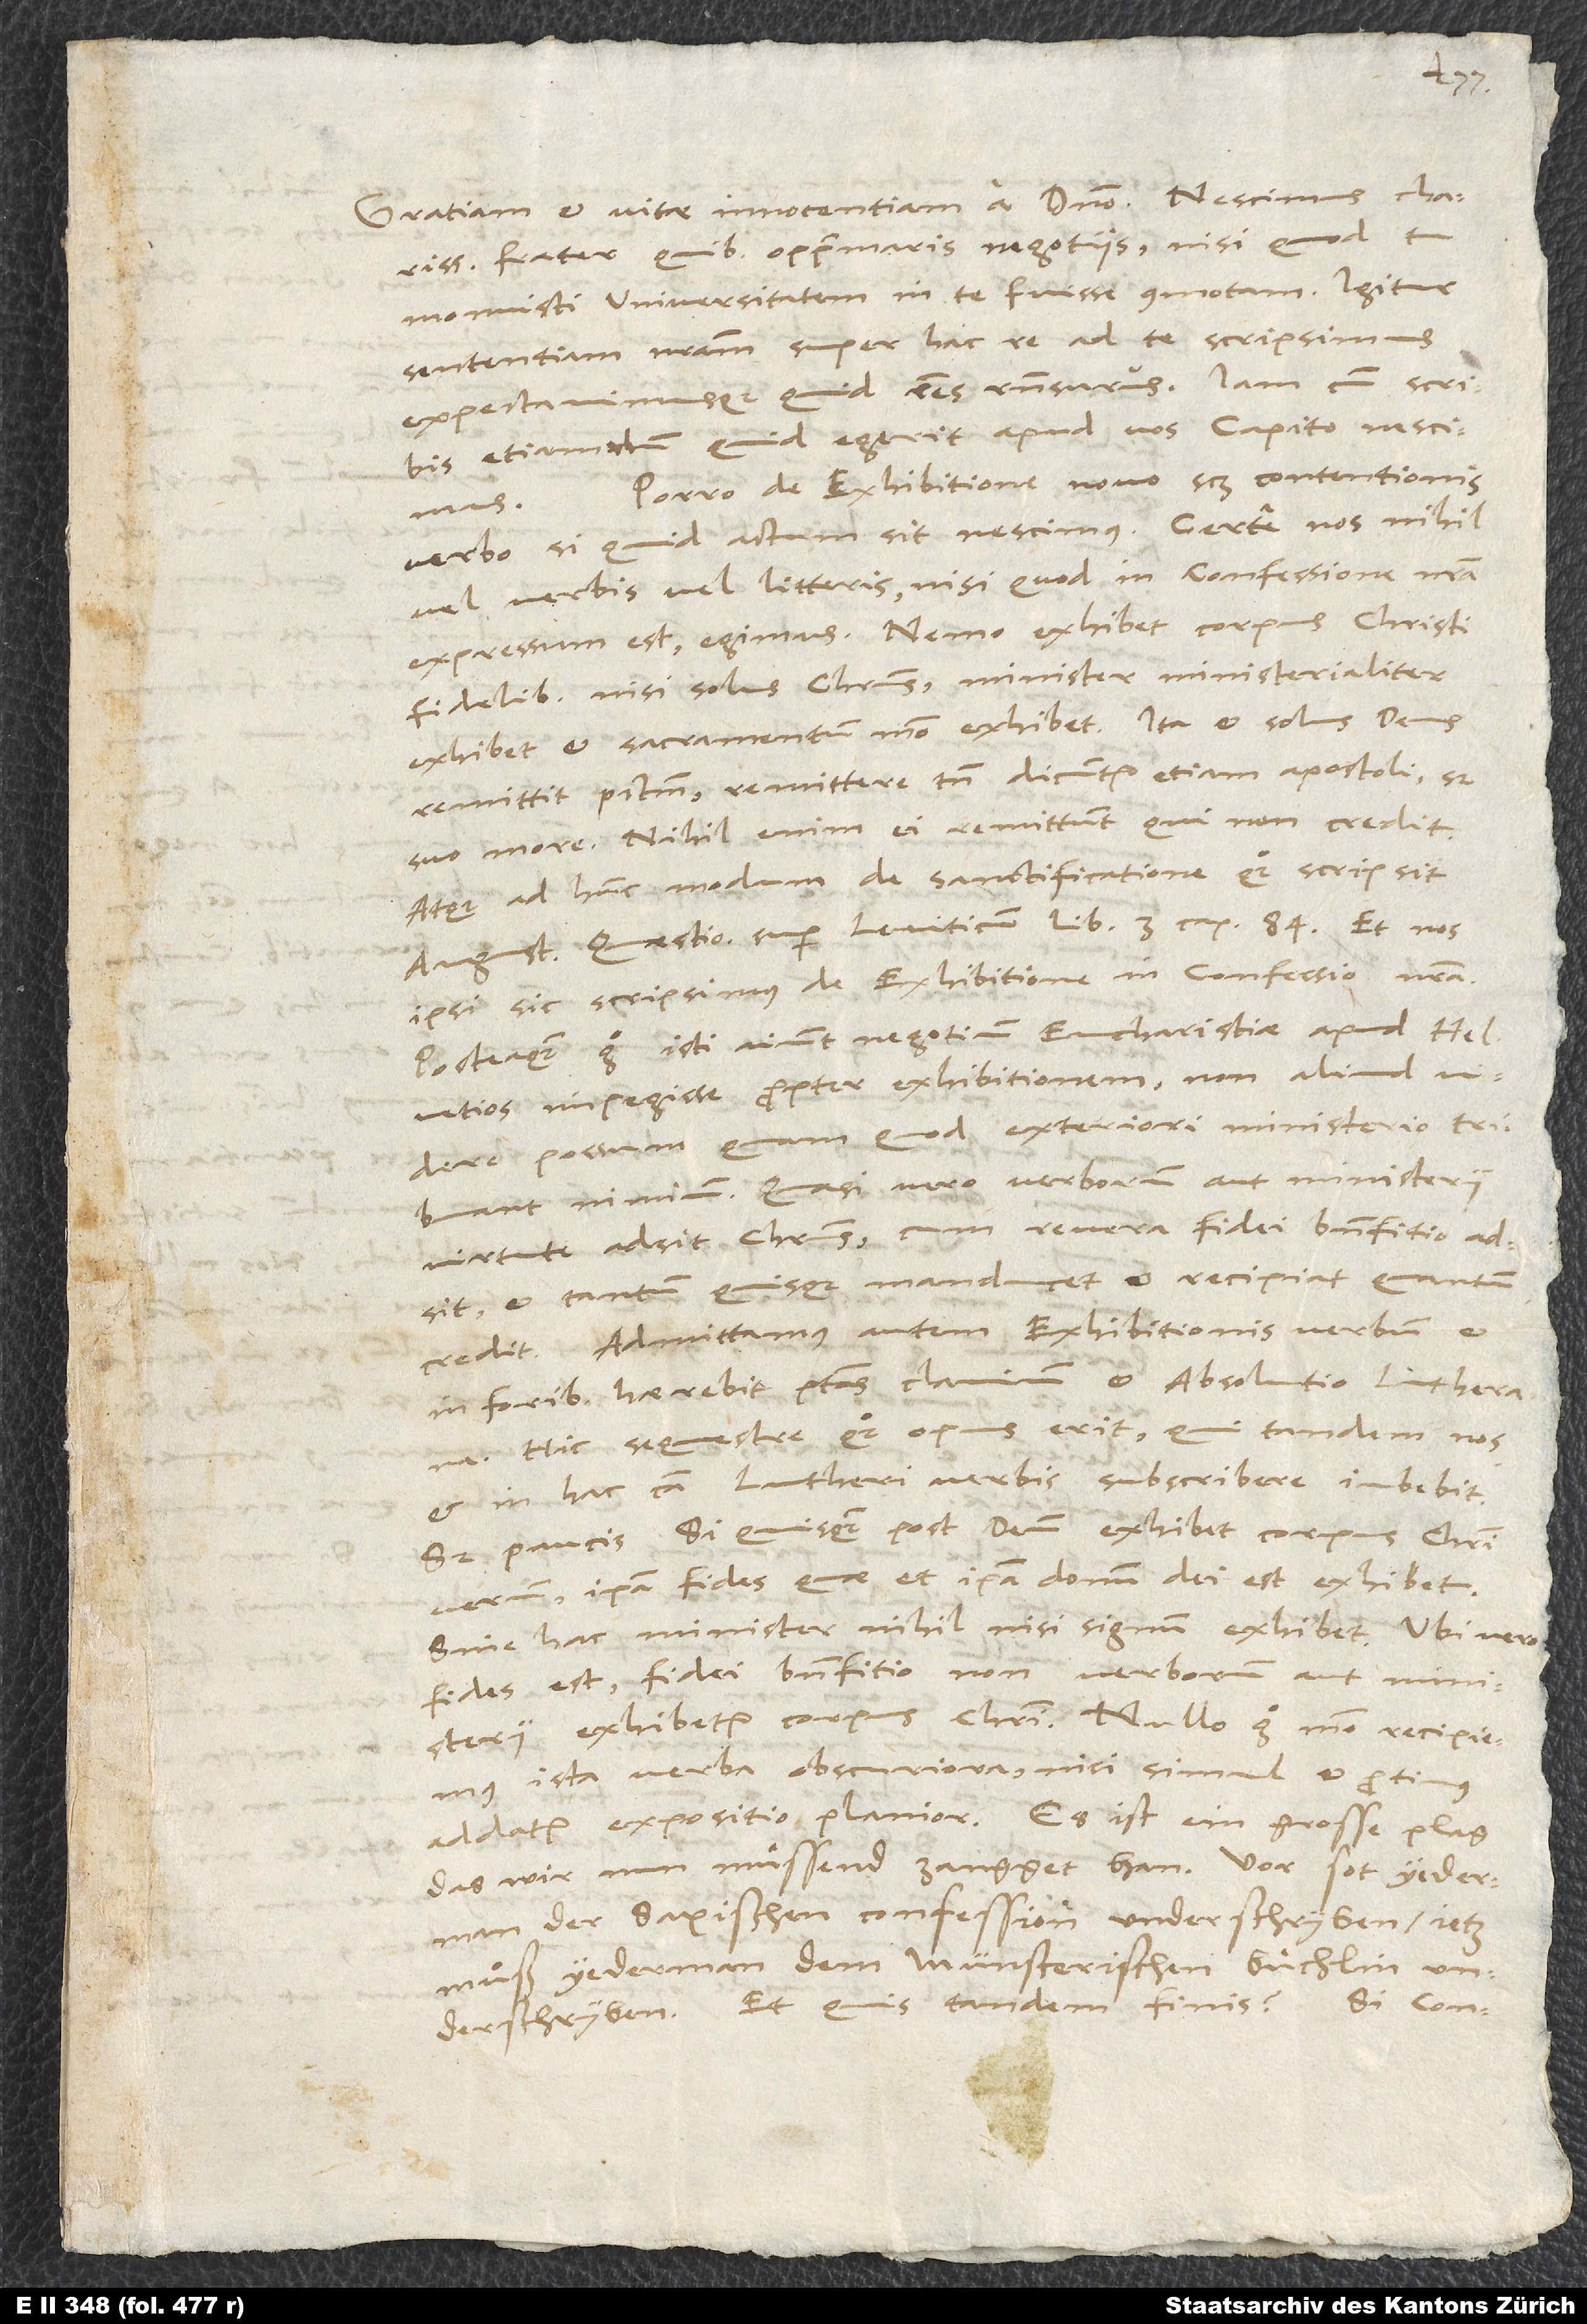
frater, quibus opprimaris negotiis, nisi quod tu
monuisti universitatem in te fuisse commotam. Igitur
sententiam nostram super hac re ad te scripsimus
expectavimusque, quid esses responsurus. Iam cum scribis,
etiamnum, quid egerit apud vos Capito, nescimus.
Porro de exhibitione, novo scilicet contentionis
verbo, si quid actum sit, nescimus. Certe nos nihil
vel verbis vel litteris, nisi quod in confessione nostra
expressum est, egimus. Nemo exhibet corpus Christi
fidelibus nisi solus Christus. Minister ministerialiter
exhibet et sacramentum modo exhibet. Ita et solus deus
remittit peccatum, remittere tamen dicuntur etiam apostoli, sed
suo more. Nihil enim ei remittunt, qui non credit.
Atque ad hunc modum de sanctificatione quoque scripsit
Augustinus, Quaestionum super Leviticum lib. 3, cap. 84. Et nos
ipsi sic scripsimus de exhibitione in confessione nostra.
Posteaquam ergo isti aiunt negotium eucharistiae apud Helvetios
impegisse propter exhibitionem, non aliud videre
possum, quam quod exteriori ministerio tribuant
nimium, quasi vero verborum aut ministerii
virtute adsit Christus, cum revera fidei benefitio adsit
et tantum quisque manducet et recipiat, quantum
credit. Admittamus autem exhibitionis verbum, et
in foribus haerebit potestas clavium et absolutio Lutherana.
Hic sequestre quoque opus erit, qui tandem nos
et in hac causa Lutheri verbis subscribere iubebit.
Sed paucis: Si quisquam post deum exhibet corpus Christi
verum, ipsa fides, quae et ipsa donum dei est, exhibet.
Sine hac minister nihil nisi signum exhibet. Ubi vero
fides est, fidei benefitio - non verborum aut ministerii
exhibetur corpusChristi. Nullo ergo modo recipiemus
ista verba obscuriora, nisi simul et protinus
addatur expositio planior. Es ist ein grosse plag,
das wir nun muͤssend zangget han. Vor sot yederman
der saxischen confession underschryben, jetz
muss yederman dem münsterischen buͤchlin
underschryben. Et quis tandem finis? Si confe ssionem